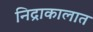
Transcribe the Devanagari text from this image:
निद्राकालात